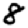
Digit: 8